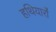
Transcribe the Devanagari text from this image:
हथियारो॑